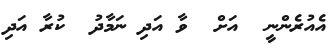
އެއުރެންނީ  އަށް  ވާ އަދި ނަމާދު  ކުރާ އަދި